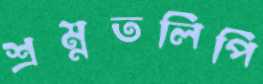
শ্রম্নতলিপি